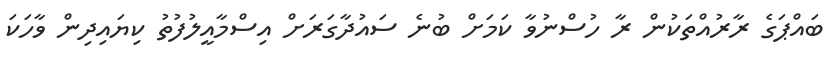
ބައްޕަގެ ރާރުއްތަކުން ރާ ހުސްނުވާ ކަމަށް ބުނެ ސައުދާގަރަށް އިސްމާއީލުފުތު ކިޔައިދިން ވާހަކަ